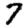
Digit: 7